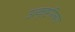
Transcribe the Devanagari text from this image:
उत्कृष्टरित्या